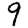
Digit: 9